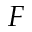
F